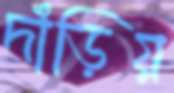
দাঁড়িয়